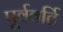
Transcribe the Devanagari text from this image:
पूर्ववर्ति